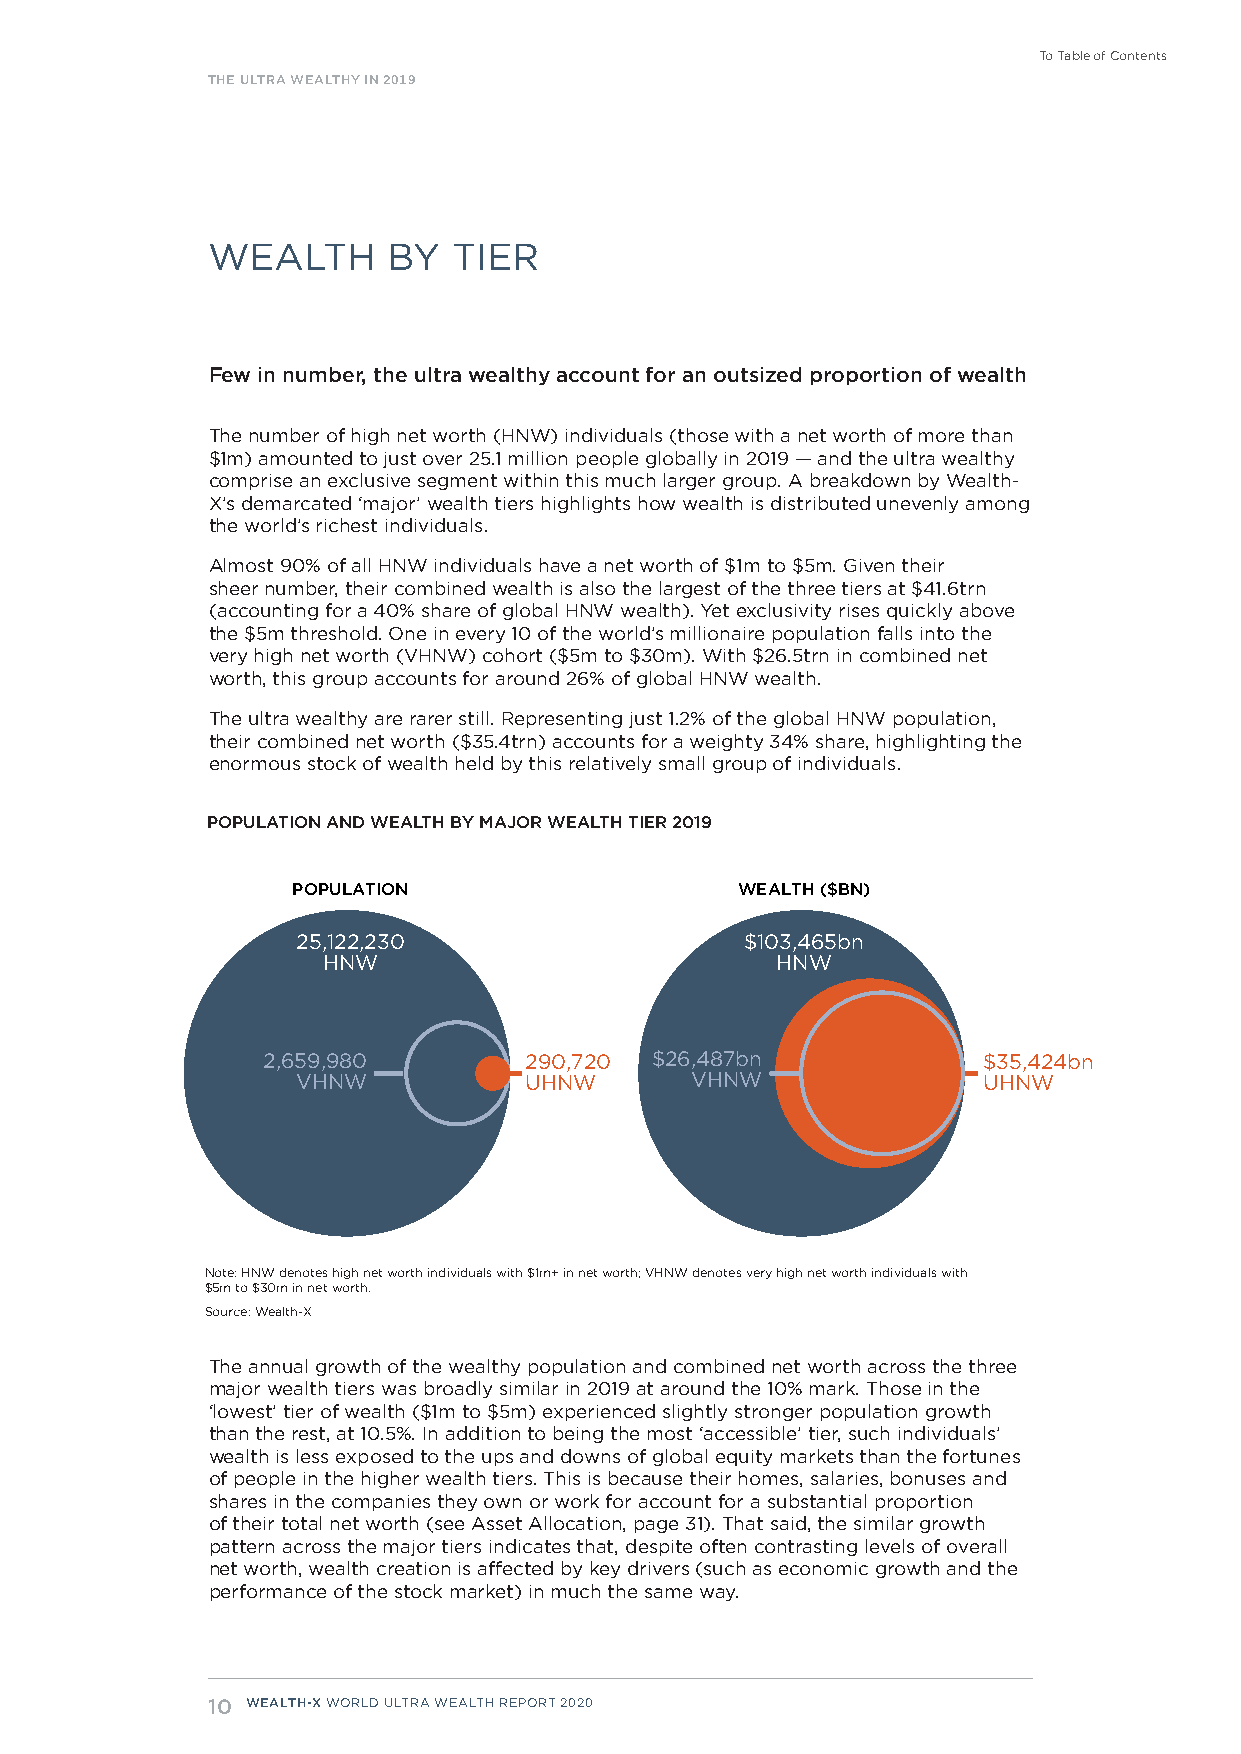
To Table of Contents
 THE ULTRA WEALTHY IN 2019
 WEALTH      BY  TIER
 Few in number, the ultra wealthy account for an outsized proportion of wealth
 The number of high net worth (HNW) individuals (those with a net worth of more than
 $1m) amounted to just over 25.1 million people globally in 2019 — and the ultra wealthy
 comprise an exclusive segment within this much larger group. A breakdown by Wealth-
 X’s demarcated ‘major’ wealth tiers highlights how wealth is distributed unevenly among
 the world’s richest individuals.
 Almost 90% of all HNW individuals have a net worth of $1m to $5m. Given their
 sheer number, their combined wealth is also the largest of the three tiers at $41.6trn
 (accounting for a 40% share of global HNW wealth). Yet exclusivity rises quickly above
 the $5m threshold. One in every 10 of the world’s millionaire population falls into the
 very high net worth (VHNW) cohort ($5m to $30m). With $26.5trn in combined net
 worth, this group accounts for around 26% of global HNW wealth.
 The ultra wealthy are rarer still. Representing just 1.2% of the global HNW population,
 their combined net worth ($35.4trn) accounts for a weighty 34% share, highlighting the
 enormous stock of wealth held by this relatively small group of individuals.
 POPULATION AND WEALTH BY MAJOR WEALTH TIER 2019
 POPULATION                    WEALTH ($BN)
 25,122,230                   $103,465bn
 HNW                           HNW
 2,659,980         290,720 $26,487bn             $35,424bn
 VHNW           UHNW       VHNW               UHNW
 Note: HNW denotes high net worth individuals with $1m+ in net worth; VHNW denotes very high net worth individuals with
 $5m to $30m in net worth.
 Source: Wealth-X
 The annual growth of the wealthy population and combined net worth across the three
 major wealth tiers was broadly similar in 2019 at around the 10% mark. Those in the
 ‘lowest’ tier of wealth ($1m to $5m) experienced slightly stronger population growth
 than the rest, at 10.5%. In addition to being the most ‘accessible’ tier, such individuals’
 wealth is less exposed to the ups and downs of global equity markets than the fortunes
 of people in the higher wealth tiers. This is because their homes, salaries, bonuses and
 shares in the companies they own or work for account for a substantial proportion
 of their total net worth (see Asset Allocation, page 31). That said, the similar growth
 pattern across the major tiers indicates that, despite often contrasting levels of overall
 net worth, wealth creation is affected by key drivers (such as economic growth and the
 performance of the stock market) in much the same way.
 10 WEALTH-X WORLD ULTRA WEALTH REPORT 2020